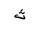
Letter: _tha